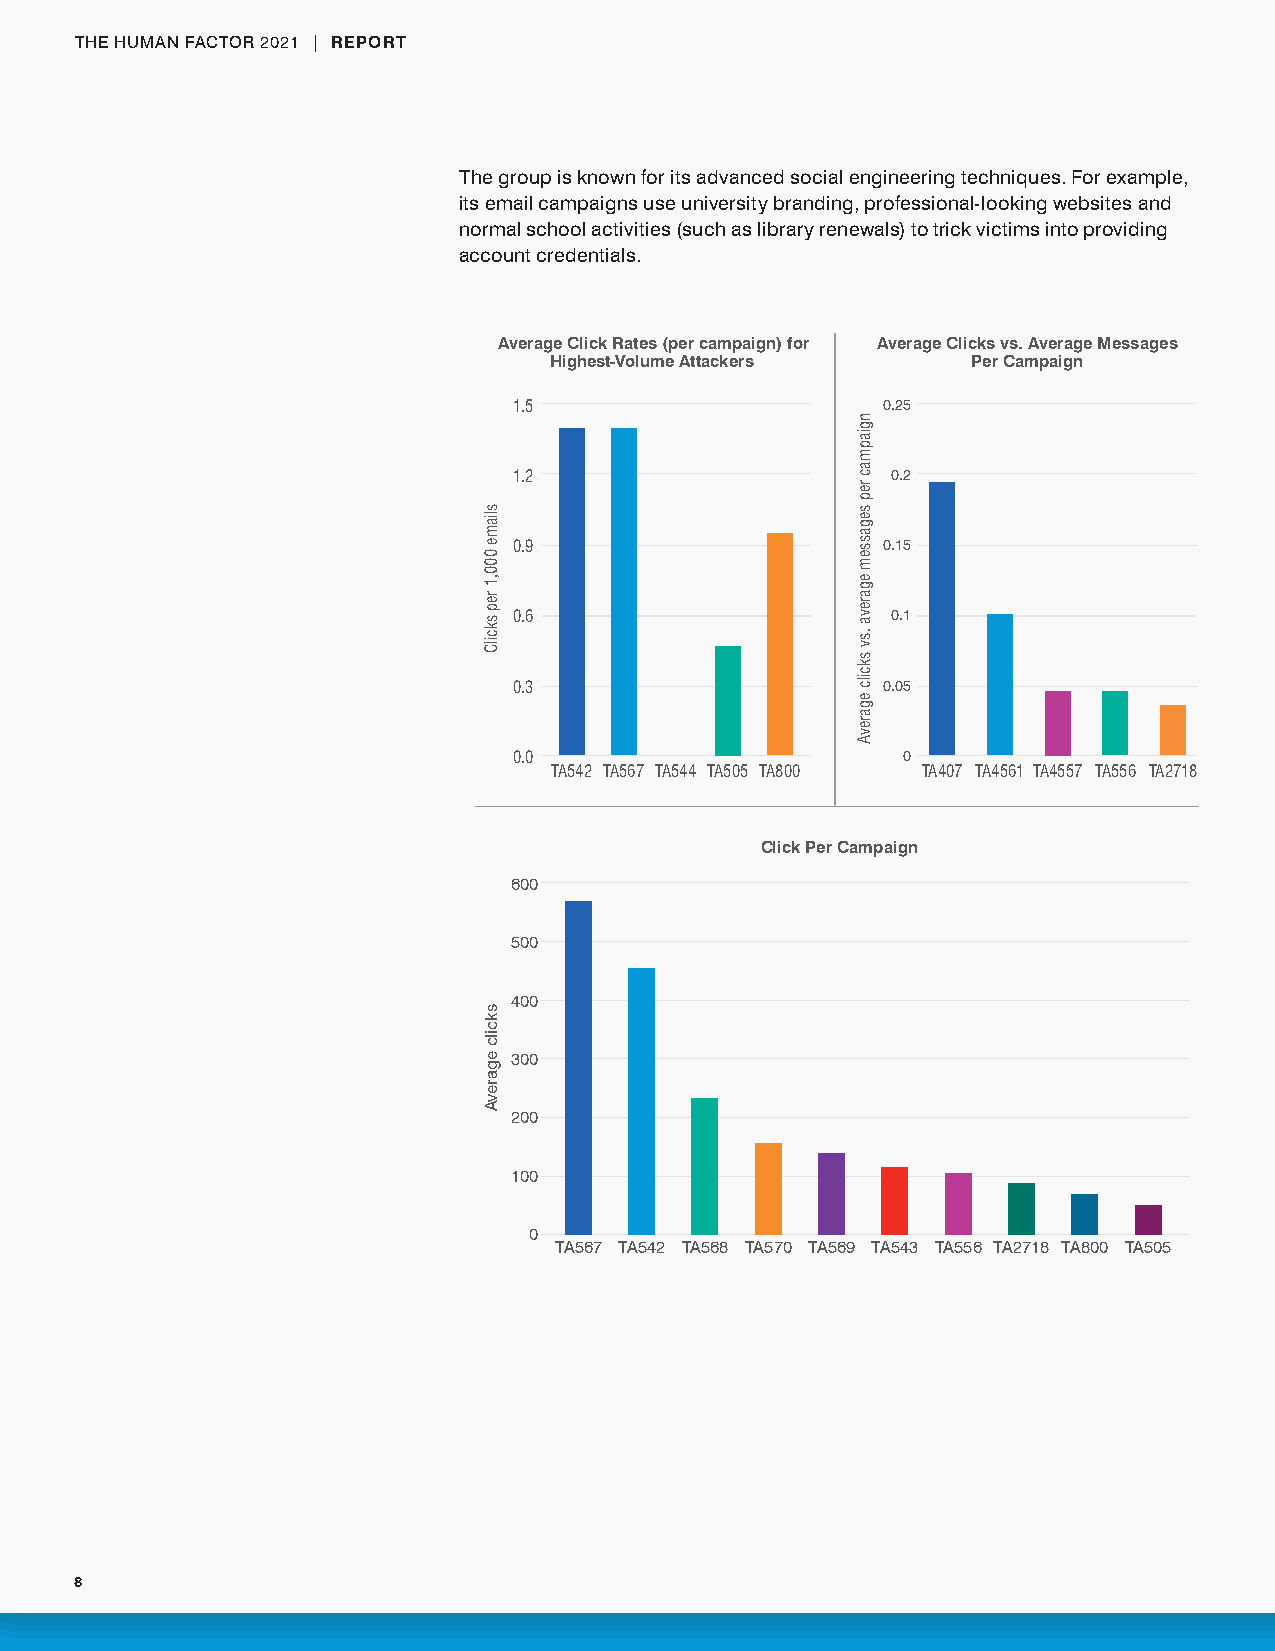
THE HUMAN FACTOR 2021 | REPORT
 The group is known for its advanced social engineering techniques. For example,
 its email campaigns use university branding, professional-looking websites and
 normal school activities (such as library renewals) to trick victims into providing
 account credentials.
 Average Click Rates (per campaign) for Average Clicks vs. Average Messages
 Highest-Volume Attackers    Per Campaign
 1.5                     0.25
 1.2                      0.2
 0.9                     0.15
 0.6                      0.1
 0.3                     0.05
 0.0                       0
 TA542 TA567 TA544 TA505 TA800 TA407 TA4561 TA4557 TA556 TA2718
 Click Per Campaign
 600
 500
 400
 300
 200
 100
 0
 TA567 TA542 TA568 TA570 TA569 TA543 TA556 TA2718 TA800 TA505
 8
 sliame
 000,1
 rep
 skcilC
 skcilc
 egarevA
 ngiapmac
 rep
 segassem
 egareva
 .sv
 skcilc
 egarevA